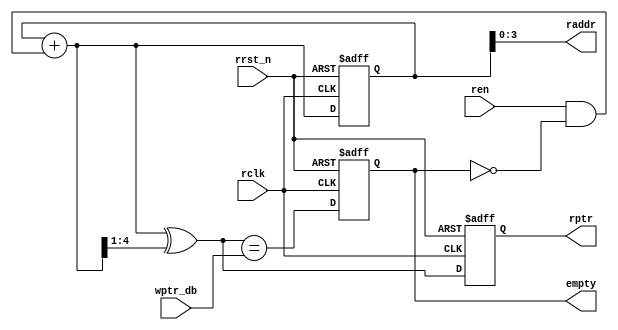
module empty#(parameter DSIZE=8,
              parameter ASIZE=4)
(
    input rclk,
    input rrst_n,
    input ren,
    input [ASIZE:0]wptr_db,
    output [ASIZE:0]rptr,
    output [ASIZE-1:0]raddr,
    output empty
);

reg [ASIZE:0]bin,bin_next;
reg [ASIZE:0]gray,gray_next;
reg empty;

always@(posedge rclk or negedge rrst_n)
    if(!rrst_n) begin
        bin<=0;
        gray<=0;
    end else begin
        bin<=bin_next;
        gray<=gray_next;
    end

always@* begin
    bin_next=bin+(ren & ~empty);
    gray_next=bin_next ^ (bin_next>>1);
end

always@(posedge rclk or negedge rrst_n)
    if(!rrst_n)
        empty<=1;
    else
        empty<=(gray_next==wptr_db);

assign rptr=gray;
assign raddr=bin[ASIZE-1:0];

endmodule